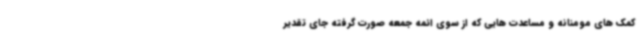
کمک های مومنانه و مساعدت هایی که از سوی ائمه جمعه صورت گرفته جای تقدیر